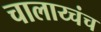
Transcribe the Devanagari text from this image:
चालाय्चंच